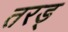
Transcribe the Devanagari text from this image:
तरड्